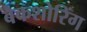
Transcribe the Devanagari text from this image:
बैकशोरिंग